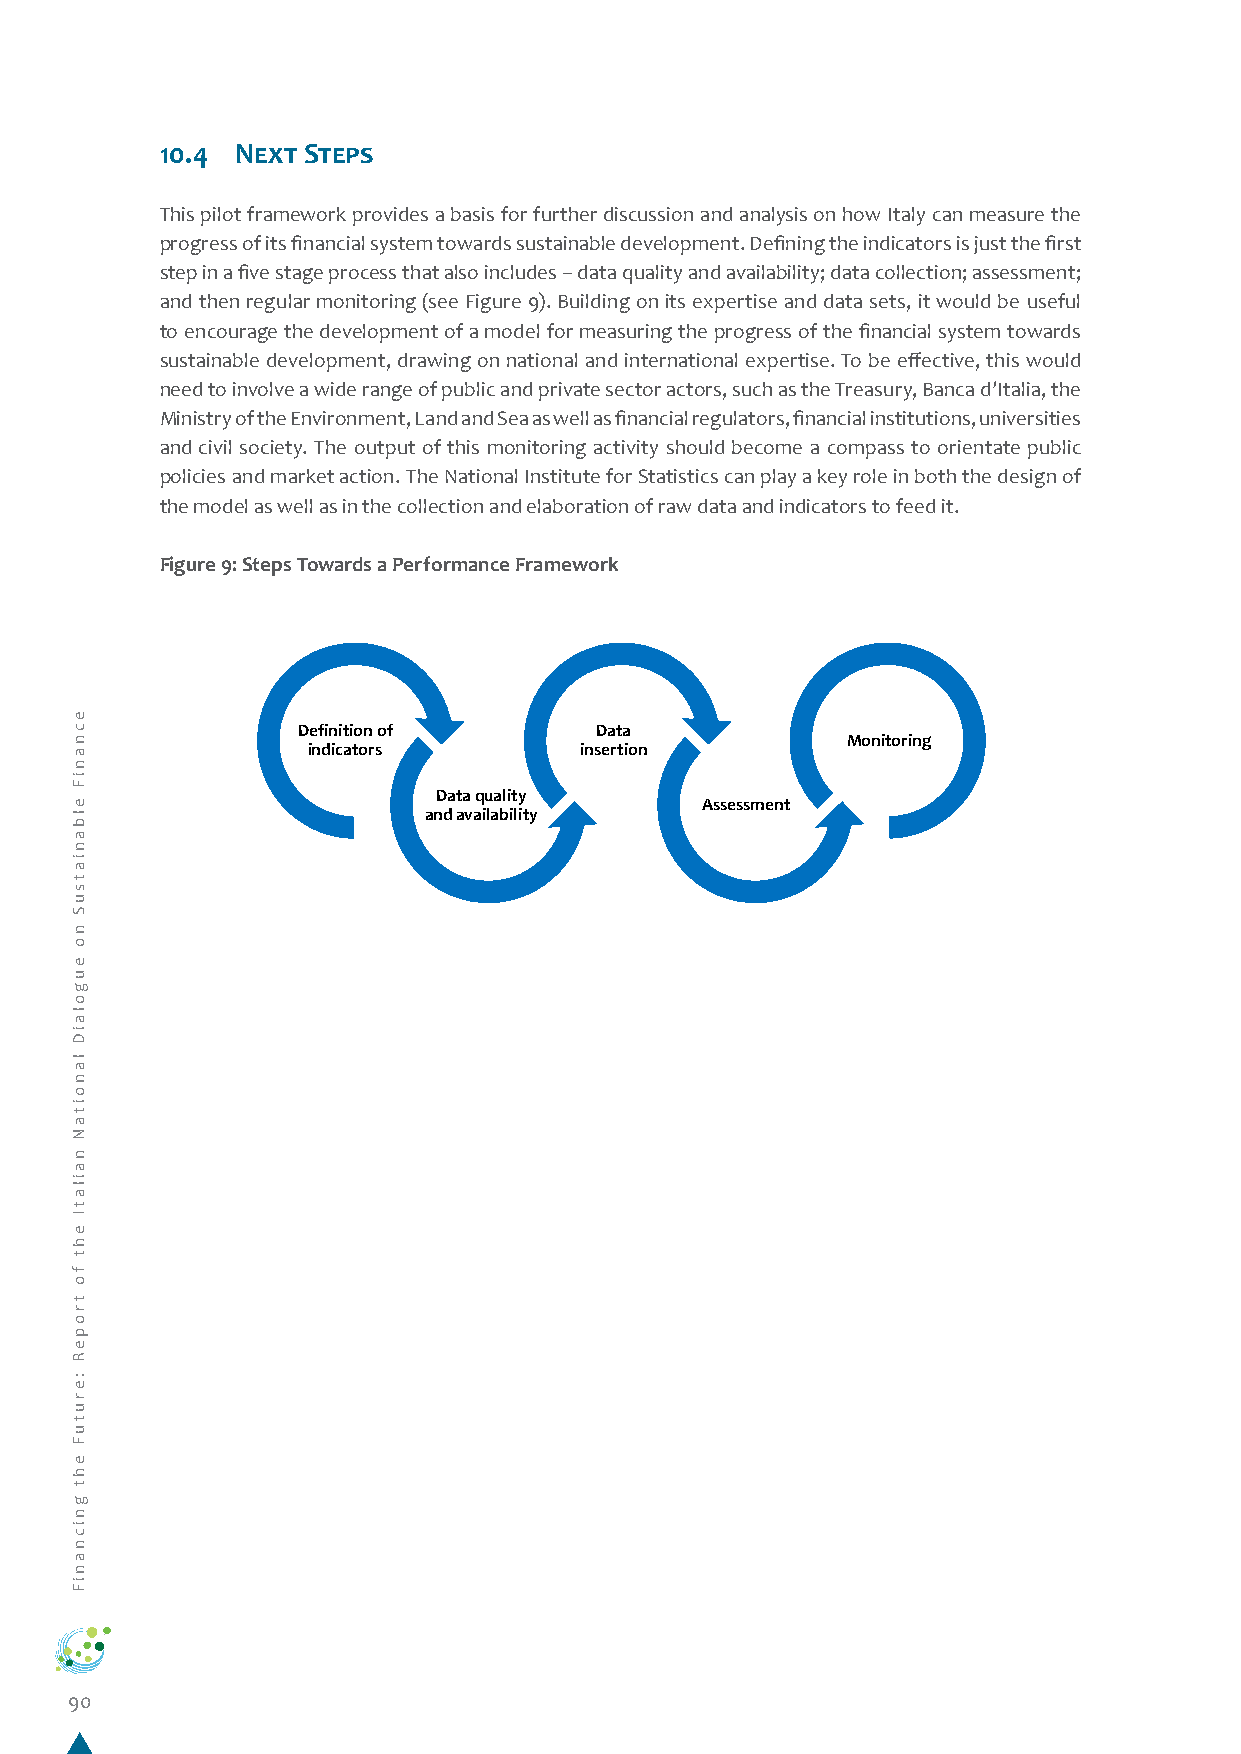
10.4 Next Steps
 This pilot framework provides a basis for further discussion and analysis on how Italy can measure the
 progress of its financial system towards sustainable development. Defining the indicators is just the first
 step in a five stage process that also includes – data quality and availability; data collection; assessment;
 and then regular monitoring (see Figure 9). Building on its expertise and data sets, it would be useful
 to encourage the development of a model for measuring the progress of the financial system towards
 sustainable development, drawing on national and international expertise. To be effective, this would
 need to involve a wide range of public and private sector actors, such as the Treasury, Banca d’Italia, the
 Ministry of the Environment, Land and Sea as well as financial regulators, financial institutions, universities
 and civil society. The output of this monitoring activity should become a compass to orientate public
 policies and market action. The National Institute for Statistics can play a key role in both the design of
 the model as well as in the collection and elaboration of raw data and indicators to feed it.
 Figure 9: Steps Towards a Performance Framework
 Definition of      Data
 Monitoring
 indicators        insertion
 Data quality
 Assessment
 and availability
 90
 ecnaniF
 elbaniatsuS
 no
 eugolaiD
 lanoitaN
 nailatI
 eht
 fo
 tropeR
 :erutuF
 eht
 gnicnaniF